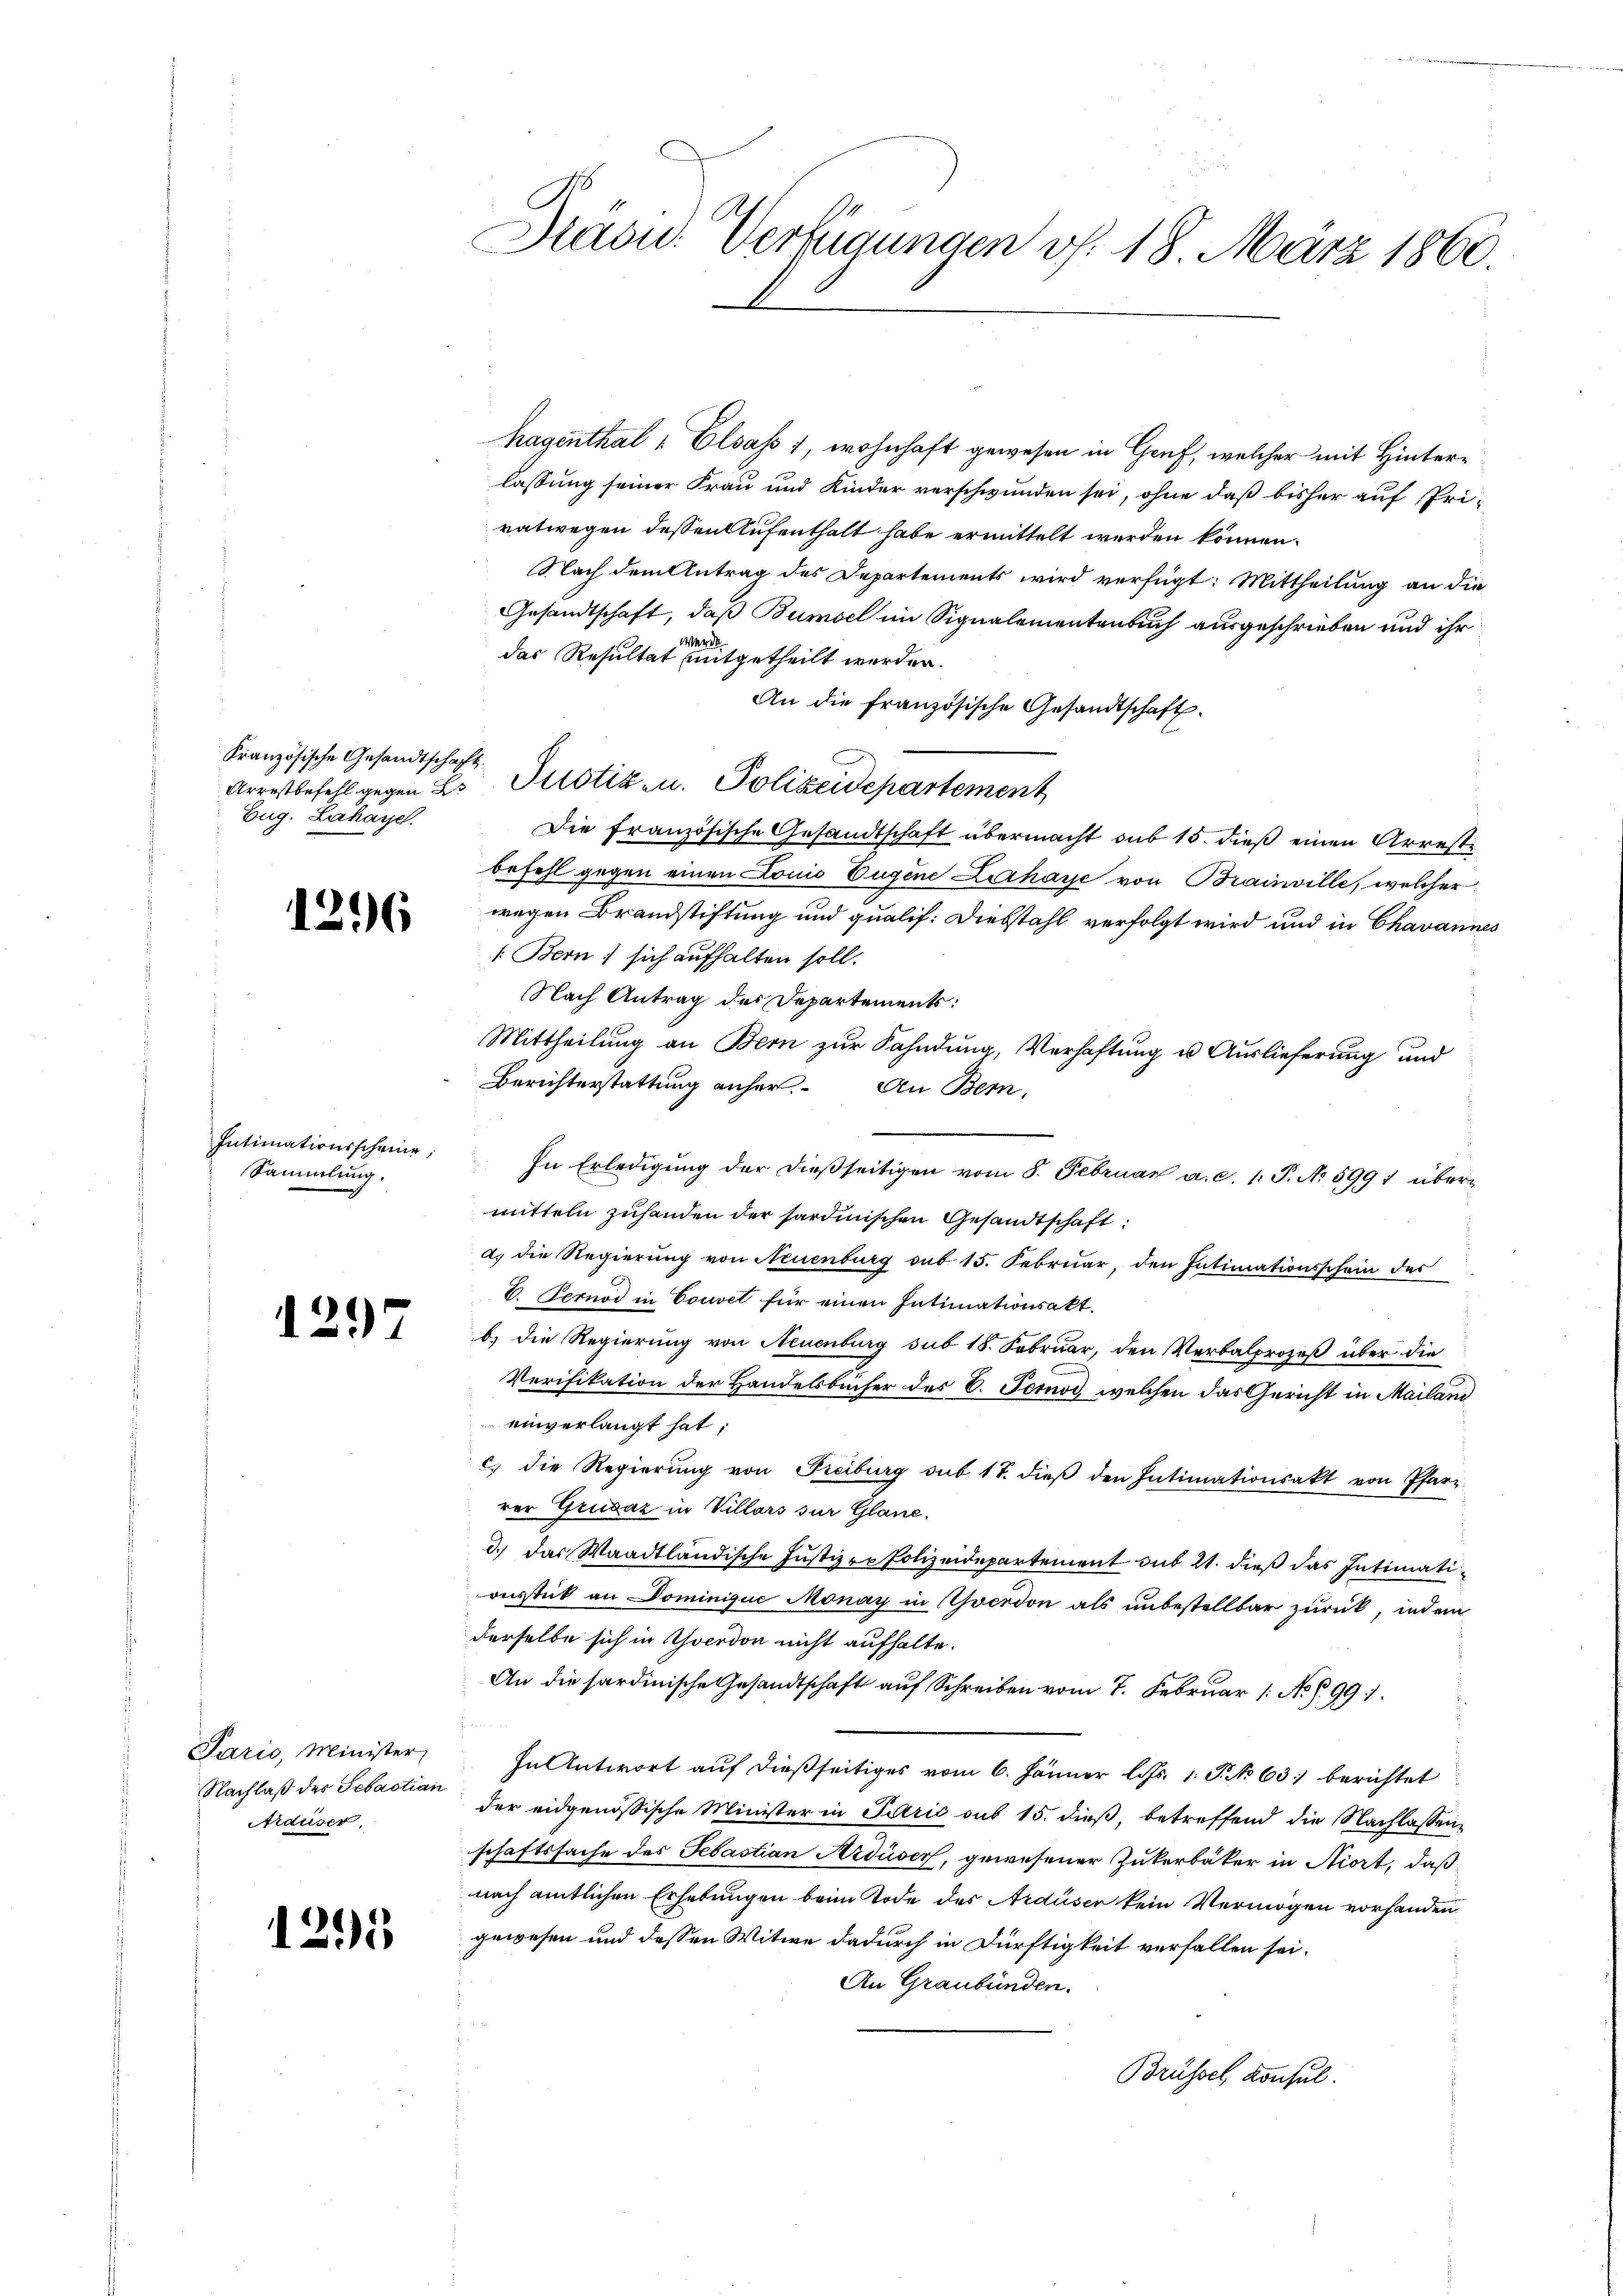
Kranzösische Gesandtschafft.
Eug. Lahaye.

1296

Intimationsscheine,
Sammlung.

1297

Paris, Minister
Nachlaß des Sebastian
Ardüser.

1295

C
Dasu. Verfügungen v. 18. März 1860.

hagenthal - Elsass 1, wohnhaft gewesen in Genf, welcher mit Hinterlassung seiner Frau und Kinder verschwunden sei, ohne daß bisher auf Priratwegen dessen Aufenthalt habe ermittelt werden können.
Nach dem Antrag des Departements wird verfügt: Mittheilung an die
Gesandtschaft, daß Bumsel im Signalementenbuch ausgeschrieben und ihr
Wer
das Resultat mitgetheilt werden.
An die französische Gesandtschaft.
Arrestbefehl gegen L. Potizen. Polizeidepartement
Die französische Gesandtschaft übermacht sub 15. dieß einen Arreste
befehl gegen einen Louis Eugene Lihaye von Braunville, welcher
wegen Brandstiftung und qualif: Diebstahl verfolgt wird und in Chavannes
 Bern, sich aufhalten soll.
Nach Antrag des Departements:
Mittheilung an Bern zur Fahndung, Verhaftung u. Auslieferung und
Berichterstattung anher. An Bern,
In Erledigung der dießseitigen vom 8. Februar a. c. 1. P. No 5997 übermitteln zuhanden der sardinischen Gesandtschaft:
a.) die Regierung von Neuenburg sub 15. Februar, den Intimationsschein des
6. Fernod in Couvel für einen Intimationsakt.
b) die Regierung von Neuenburg sub 18. Februar, den Verbalprozeß über die
Verifikation der Handelsbücher des C. Fernor, welchen das Gericht in Mailand
einverlangt hat;
c) die Regierŭng von Freiburg sub 17. dieβ den Intimationsakt von Pfarr-
rer Grusaz in Villars zur Glane.
d.) Das Waadtländische Justiz ze Polizeidepartement sub 21. dieß das Intimationsstück an Dominigue Monay in verdon als unbestellbar zurück, indem
derselbe sich in verdon nicht aufhalte.
An die sardinische Gesandtschaft auf Schreiben vom 7. Februar 1 N. Z. 991.
In Antwort auf dießseitiges vom 6. Jänner l. Js. 1. P. No 63 berichtet
der eidgenössische Minister in Paris sub 15. dieß, betreffend die Nachlassen
schaftssache des Sebastian Ardiser, gewesener Zukerbäker in Niort, daß
nach amtlichen Erhebungen beim Tode des Ardüser kein Vermögen vorhanden
gewesen und dessen Witwe dadurch in Dürftigkeit verfallen sei.
An Graubünden.
Brüssel, Konsul